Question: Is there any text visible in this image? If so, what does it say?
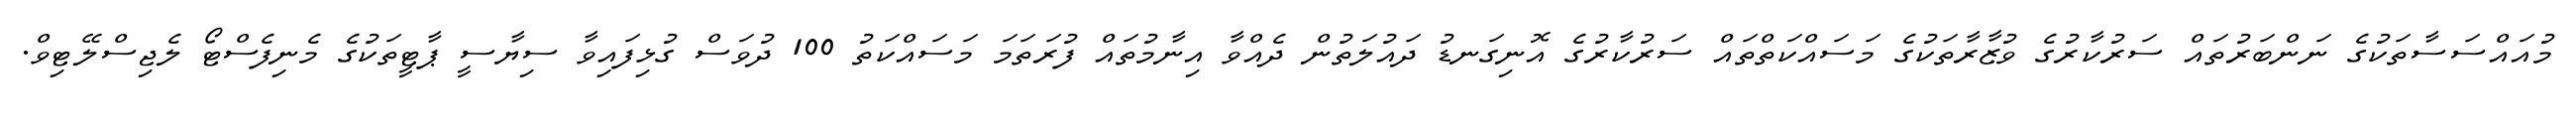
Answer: މުއައްސަސާތަކުގެ ނަންބަރުތައް ސަރުކާރުގެ ވުޒާރާތަކުގެ މަސައްކަތްތައް ސަރުކާރުގެ އޮނިގަނޑު ދައުލަތުން ދެއްވާ އިނާމުތައް ފުރަތަމަ މަސައްކަތު 100 ދުވަސް ގުޅިފައިވާ ސިޔާސީ ޕާޓީތަކުގެ މެނިފެސްޓޯ ލެޖިސްލޭޓިވް.